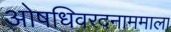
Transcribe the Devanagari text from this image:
ओषधिवरदनाममाला